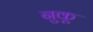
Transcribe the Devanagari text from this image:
नुकू